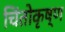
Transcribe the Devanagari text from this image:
चिंतोकृष्ण